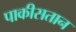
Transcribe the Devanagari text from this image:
पाकीसतान